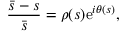
\frac { \bar { s } - s } { \bar { s } } = \rho ( s ) \mathrm { e } ^ { i \theta ( s ) } ,